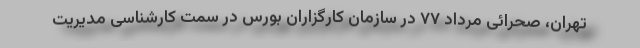
تهران، صحرائی مرداد ۷۷ در سازمان کارگزاران بورس در سمت کارشناسی مدیریت